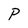
Character: P